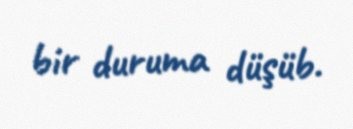
bir duruma düşüb.